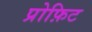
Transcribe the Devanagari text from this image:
प्रोफ़िट